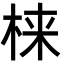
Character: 梾